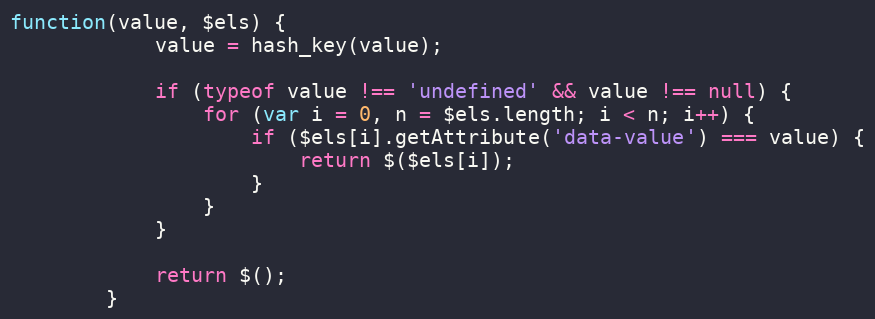
Language: JavaScript
function(value, $els) {
			value = hash_key(value);

			if (typeof value !== 'undefined' && value !== null) {
				for (var i = 0, n = $els.length; i < n; i++) {
					if ($els[i].getAttribute('data-value') === value) {
						return $($els[i]);
					}
				}
			}

			return $();
		}